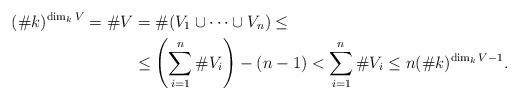
LaTeX: \begin{align*}(\#k)^{\dim_k V}=\#V &=\#(V_1\cup\cdots\cup V_n)\leq \\&\leq \left(\sum_{i=1}^n \#V_i\right)-(n-1)<\sum_{i=1}^n\#V_i\leq n(\#k)^{\dim_k V-1}. \end{align*}